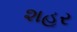
શહૂર